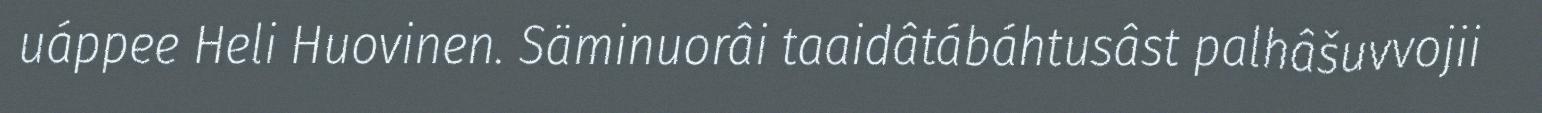
uáppee Heli Huovinen. Säminuorâi taaidâtábáhtusâst palhâšuvvojii